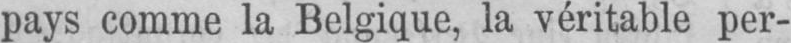
pays comme la Belgique, la véritable per-